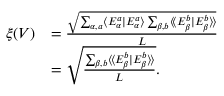
\begin{array} { r l } { \xi ( V ) } & { = \frac { \sqrt { \sum _ { \alpha , a } \langle E _ { \alpha } ^ { a } | E _ { \alpha } ^ { a } \rangle \sum _ { \beta , b } \langle \! \langle E _ { \beta } ^ { b } | E _ { \beta } ^ { b } \rangle \! \rangle } } { L } } \\ & { = \sqrt { \frac { \sum _ { \beta , b } \langle \! \langle E _ { \beta } ^ { b } | E _ { \beta } ^ { b } \rangle \! \rangle } { L } } . } \end{array}